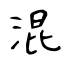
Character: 混